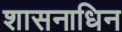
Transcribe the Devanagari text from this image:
शासनाधिन